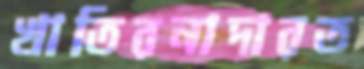
খাতিরনাদারত